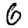
Digit: 6